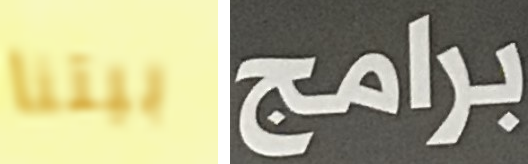
بيتنا برامج